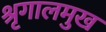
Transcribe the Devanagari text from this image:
श्रृगालमुख